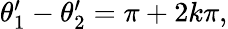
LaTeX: \begin{array}{r}{\theta_{1}^{\prime}-\theta_{2}^{\prime}=\pi+2k\pi,}\end{array}